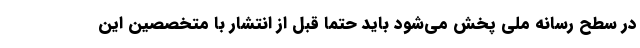
در سطح رسانه ملی پخش می‌شود باید حتما قبل از انتشار با متخصصین این